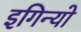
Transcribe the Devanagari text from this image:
इगिन्यो